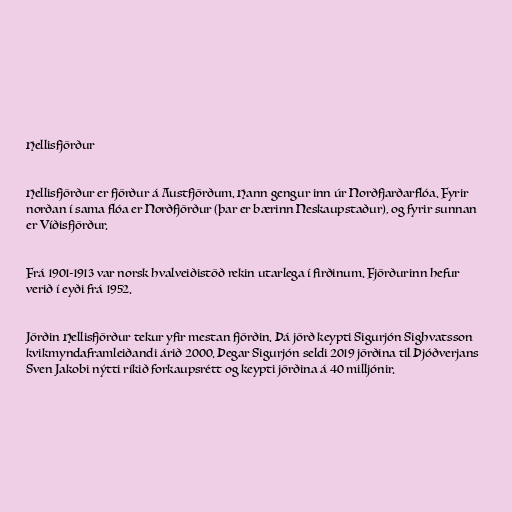
Hellisfjörður

Hellisfjörður er fjörður á Austfjörðum. Hann gengur inn úr Norðfjarðarflóa. Fyrir
norðan í sama flóa er Norðfjörður (þar er bærinn Neskaupstaður), og fyrir sunnan
er Víðisfjörður.

Frá 1901-1913 var norsk hvalveiðistöð rekin utarlega í firðinum. Fjörðurinn hefur
verið í eyði frá 1952.

Jörðin Hellisfjörður tekur yfir mestan fjörðin. Þá jörð keypti Sigurjón Sighvatsson
kvikmyndaframleiðandi árið 2000. Þegar Sigurjón seldi 2019 jörðina til Þjóðverjans
Sven Jakobi nýtti ríkið forkaupsrétt og keypti jörðina á 40 milljónir.